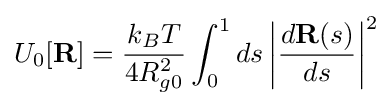
U_{0}[\mathbf {R} ]={\frac {k_{B}T}{4R_{g0}^{2}}}\int _{0}^{1}ds\left|{\frac {d\mathbf {R} (s)}{ds}}\right|^{2}